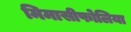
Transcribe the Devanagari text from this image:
मिमासीफोलिया